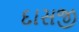
દાસજી